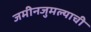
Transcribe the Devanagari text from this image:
जमीनजुमल्याची